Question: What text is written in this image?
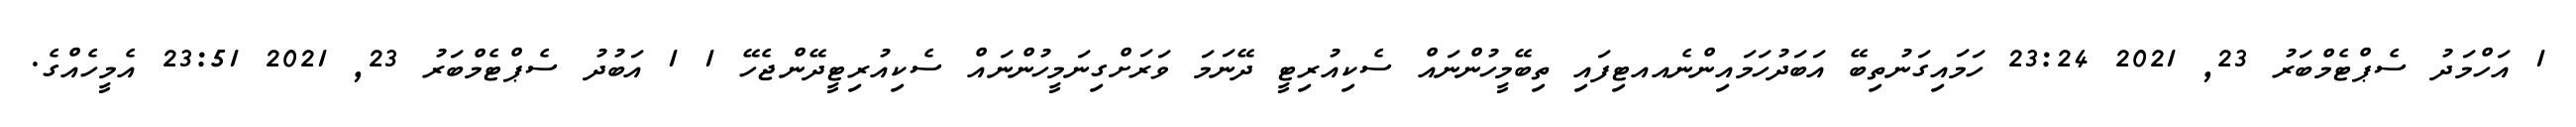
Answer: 1 އަހްމަދު ސެޕްޓެމްބަރު 23, 2021 23:24 ހަމައިގަނުތިބޭ އަބަދުހަމައިންނެއއޓިފައި ތިބޭމީހުންނައް ސެކިއުރިޓީ ދޭނަމަ ވަރަށްގިނަމީހުންނައް ސެކިއުރިޓީދޭންޖެހޭ 1 1 އަބުދު ސެޕްޓެމްބަރު 23, 2021 23:51 އެމީހެއްގެ.